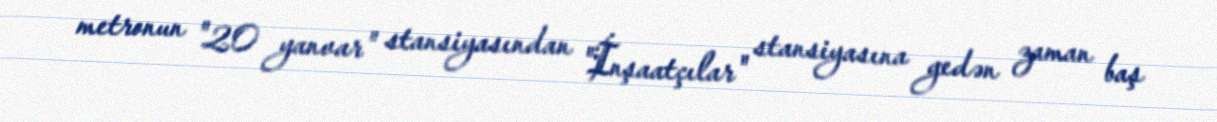
metronun "20 yanvar" stansiyasından "İnşaatçılar" stansiyasına gedən zaman baş